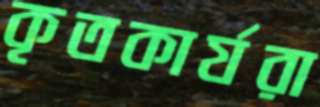
কৃতকার্যরা